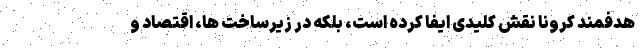
هدفمند کرونا نقش کلیدی ایفا کرده است، بلکه در زیرساخت ها، اقتصاد و